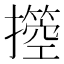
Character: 𢷙